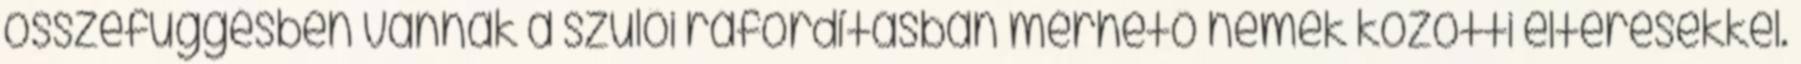
összefüggésben vannak a szülői ráfordításban mérhető nemek közötti eltérésekkel.